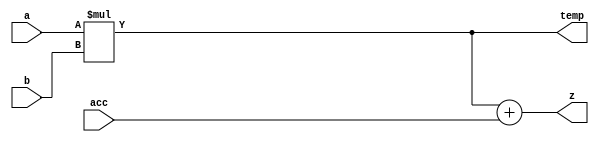
module mac(a,b,temp,acc,z);
  input[7:0] a;
  input[7:0] b;
  input[15:0] acc;
  
  output[15:0] temp;
  output[15:0] z;

  assign temp = a*b;
  assign z = temp + acc;
endmodule